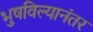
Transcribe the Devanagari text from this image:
भुषविल्यानंतर